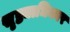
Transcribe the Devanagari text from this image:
सृष्ट्याधिकार